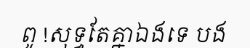
ពូ !សុទ្ធតែគ្នាឯងទេ បង